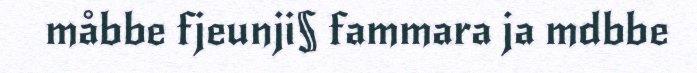
måbbe fjeunji§ fammara ja mdbbe